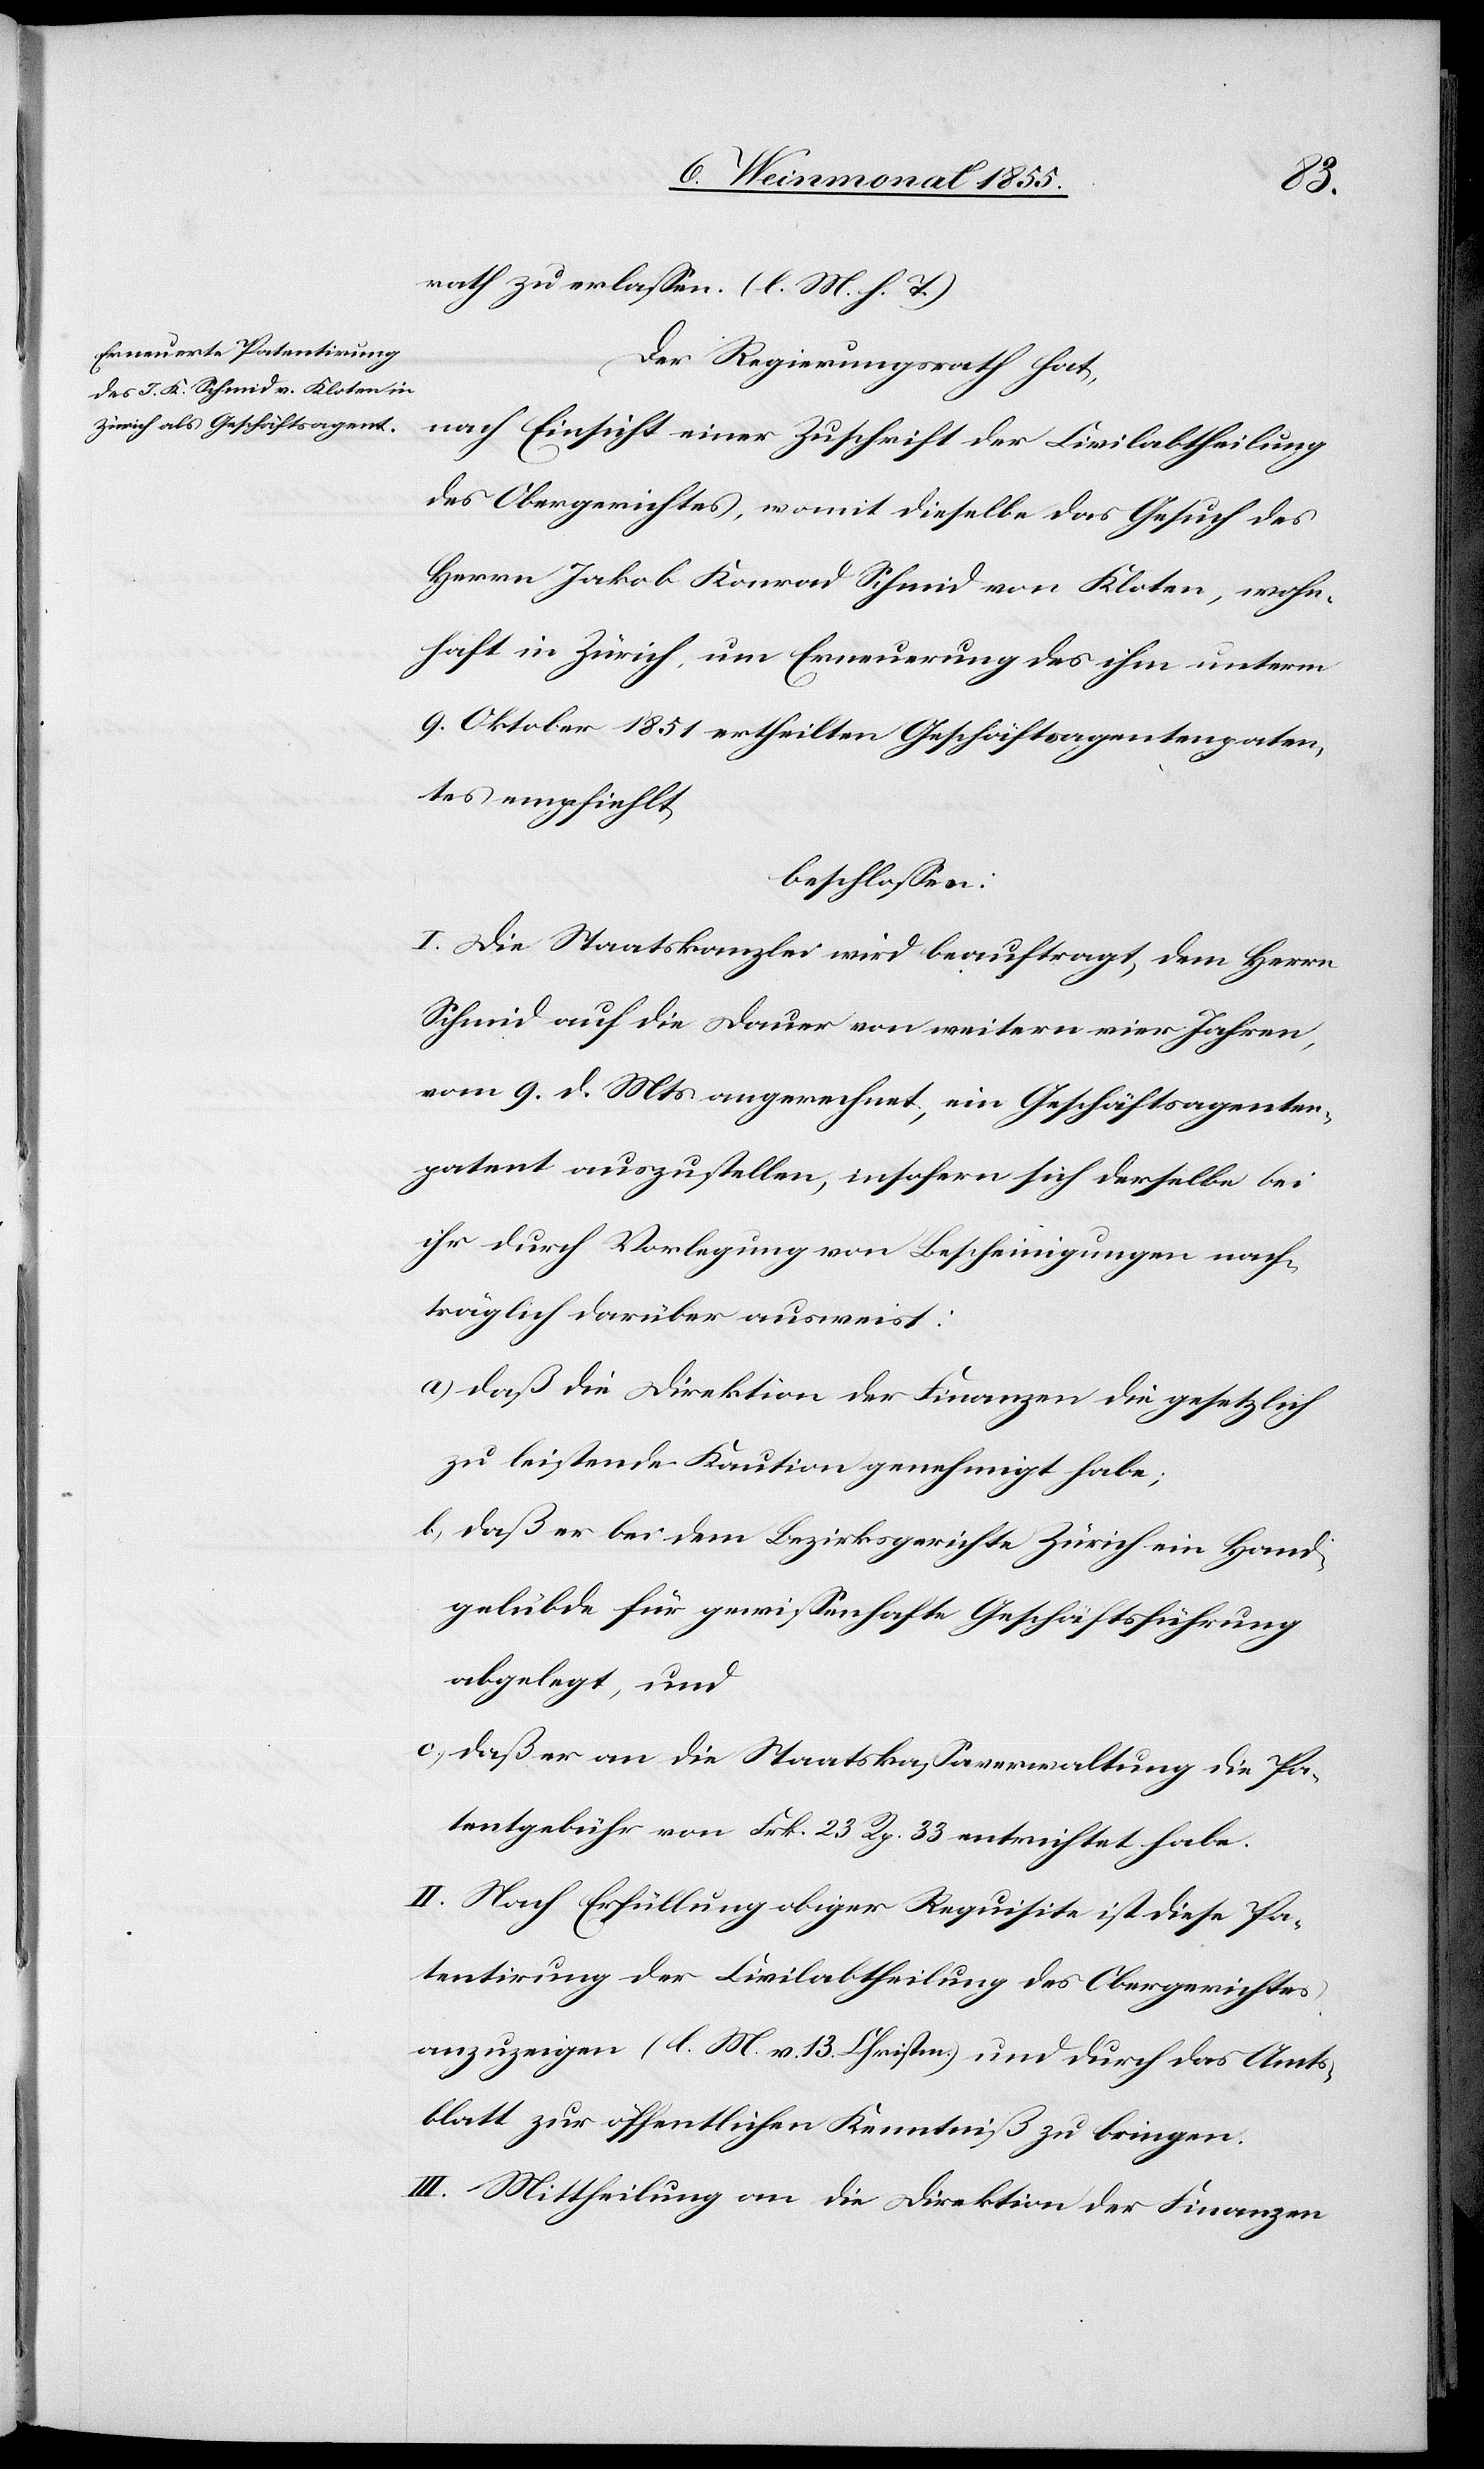
rath zu erlassen. (l. M. h. T.)
Der Regierungsrath hat,
nach Einsicht einer Zuschrift der Civilabtheilung
des Obergerichtes, womit dieselbe das Gesuch des
Herrn Jakob Konrad Schmid von Kloten, wohn¬
haft in Zürich, um Erneuerung des ihm unterm
9. Oktober 1851 ertheilten Geschäftsagentenpaten¬
tes empfiehlt
beschlossen:
I. Die Staatskanzlei wird beauftragt dem Herrn
Schmid auf die Dauer von weitern vier Jahren,
vom 9. d. Mts angerechnet ein Geschäftsagenten¬
patent auszustellen, insofern sich derselbe bei
ihr durch Vorlegung von Bescheinigungen nach¬
träglich darüber ausweist:
daß die Direktion der Finanzen die gesetzlich
zu leistende Kaution genehmigt habe;
daß er bei dem Bezirksgerichte Zürich ein Hand¬
gelübde für gewissenhafte Geschäftsführung
abgelegt, und
daß er an die Staatskassaverwaltung die Pa¬
tentgebühr von Frk. 23 Rp. 33 entrichtet habe.
II. Nach Erfüllung obiger Requisite ist diese Pa¬
tentirung der Civilabtheilung des Obergerichtes
anzuzeigen (l. M. v. 13. Christm.) und durch das Amts¬
blatt zur öffentlichen Kenntniß zu bringen.
III. Mittheilung an die Direktion der Finanzen